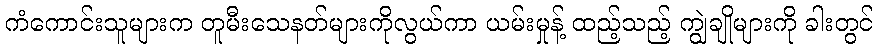
ကံကောင်းသူများက တူမီးသေနတ်များကိုလွယ်ကာ ယမ်းမှုန့် ထည့်သည့် ကျွဲချိုများကို ခါးတွင်